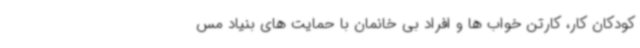
کودکان کار، کارتن خواب ها و افراد بی خانمان با حمایت های بنیاد مس